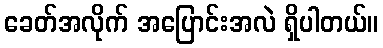
ခေတ်အလိုက် အပြောင်းအလဲ ရှိပါတယ်။